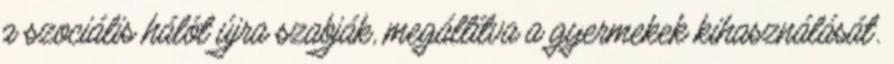
a szociális hálót újra szabják, megállítva a gyermekek kihasználását.